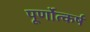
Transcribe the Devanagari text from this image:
पूर्णोत्कर्ष